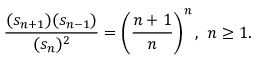
{ \frac { ( s _ { n + 1 } ) ( s _ { n - 1 } ) } { ( s _ { n } ) ^ { 2 } } } = \left( { \frac { n + 1 } { n } } \right) ^ { n } , ~ n \geq 1 .